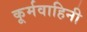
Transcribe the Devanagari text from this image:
कूर्मवाहिनी